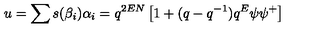
u = \sum s ( \beta _ { i } ) \alpha _ { i } = q ^ { 2 E N } \left[ 1 + ( q - q ^ { - 1 } ) q ^ { E } \psi \psi ^ { + } \right]